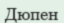
Дюпен